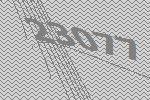
23077